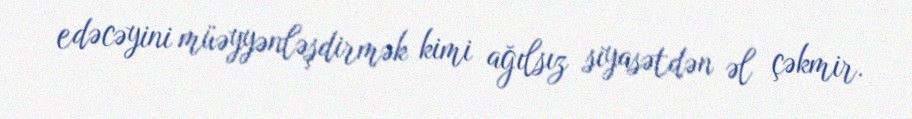
edəcəyini müəyyənləşdirmək kimi ağılsız siyasətdən əl çəkmir.